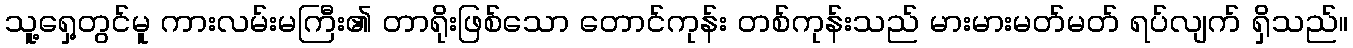
သူ့ရှေ့တွင်မူ ကားလမ်းမကြီး၏ တာရိုးဖြစ်သော တောင်ကုန်း တစ်ကုန်းသည် မားမားမတ်မတ် ရပ်လျက် ရှိသည်။